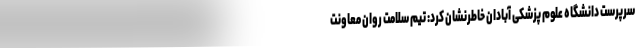
سرپرست دانشگاه علوم پزشکی آبادان خاطرنشان کرد: تیم سلامت روان معاونت